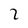
Character: 2